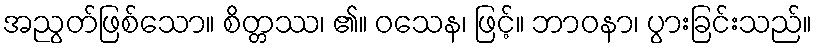
အညွတ်ဖြစ်သော။ စိတ္တဿ၊ ၏။ ဝသေန၊ ဖြင့်။ ဘာဝနာ၊ ပွားခြင်းသည်။